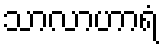
သာလာဟာရံ